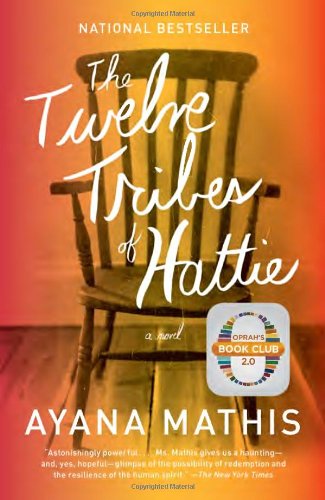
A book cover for The Twelve Tribes of Hattie; Ayana Mathis; Literature & Fiction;